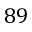
8 9